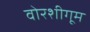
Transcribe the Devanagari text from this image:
वोरशीगूम